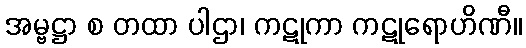
အမ္ဗဋ္ဌာ စ တထာ ပါဌာ၊ ကဋုကာ ကဋုရောဟိဏီ။